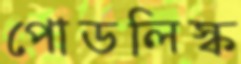
পোডলিস্ক